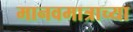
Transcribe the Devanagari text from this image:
मानवमात्राच्या